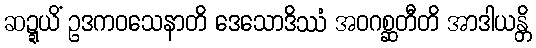
ဆဍ္ဍယိံ ဥဒကဝသေနာတိ ဒေသောဒိဿံ အဝဂစ္ဆတီတိ အာဒါယန္တိ